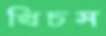
খিচস